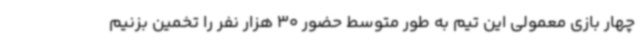
چهار بازی معمولی این تیم به ‌طور متوسط حضور 30 هزار نفر را تخمین بزنیم